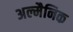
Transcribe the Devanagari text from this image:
अल्मैनिक